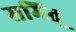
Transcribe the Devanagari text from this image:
समित्